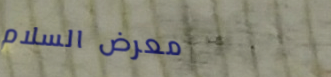
معرض السلام